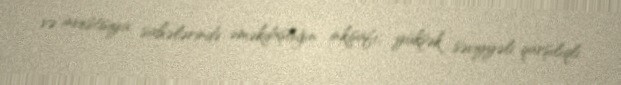
və investisiya sahələrində əməkdaşlığın inkişafı, yüksək səviyyəli qarşılıqlı